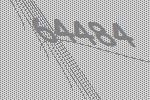
64484